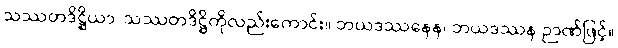
သဿတဒိဋ္ဌိယာ၊ သဿတဒိဋ္ဌိကိုလည်းကောင်း။ ဘယဒဿနေန၊ ဘယဒဿန ဉာဏ်ဖြင့်။